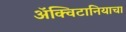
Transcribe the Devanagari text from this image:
ॲक्विटानियाचा